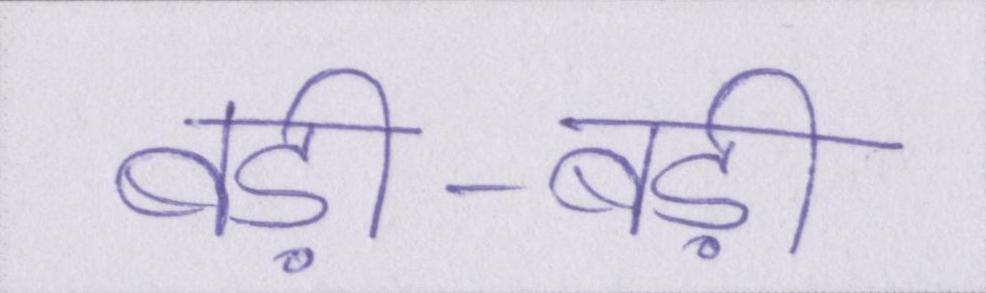
बड़ी-बड़ी